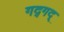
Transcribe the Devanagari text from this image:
गद्‍गद्